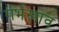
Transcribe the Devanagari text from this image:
गर्भस्त्राव